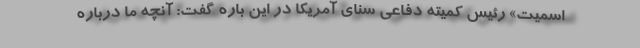
اسمیت» رئیس کمیته دفاعی سنای آمریکا در این باره گفت: آنچه ما درباره